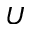
U